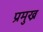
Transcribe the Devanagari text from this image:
प्रमुख्र